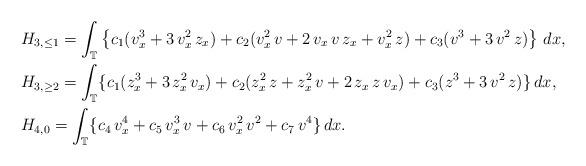
LaTeX: \begin{align*}&H_{3, \le 1}=\int_{\mathbb{T}} \left\{c_1(v_x^3+3\,v_x^2\,z_x)+c_2(v_x^2\,v+2\,v_x\,v\,z_x+v_x^2\,z)+c_3(v^3+3\,v^2\,z)\right\}\,dx,\\&H_{3, \geq 2}=\int_{\mathbb{T}} \{c_1(z_x^3+3\,z_x^2\,v_x)+c_2(z_x^2\,z+z_x^2\,v+2\,z_x\,z\,v_x)+c_3(z^3+3\,v^2\,z)\} \,dx,\\& H_{4, 0}=\int_{\mathbb{T}} \{c_4\,v_x^4+c_5\,v_x^3\,v+c_6\,v_x^2\,v^2+c_7\,v^4\}\,dx.\end{align*}